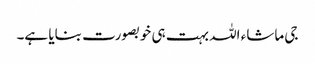
جی ماشاء اللہ بہت ہی خوبصورت بنایا ہے۔